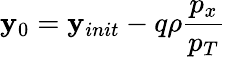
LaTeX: \mathbf{y}_{0}=\mathbf{y}_{init}-q\rho\frac{{p_{x}}}{{p_{T}}}